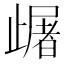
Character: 𣦠